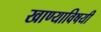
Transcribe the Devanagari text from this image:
खाण्याविषयी